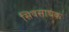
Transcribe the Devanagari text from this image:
सिवसाधक